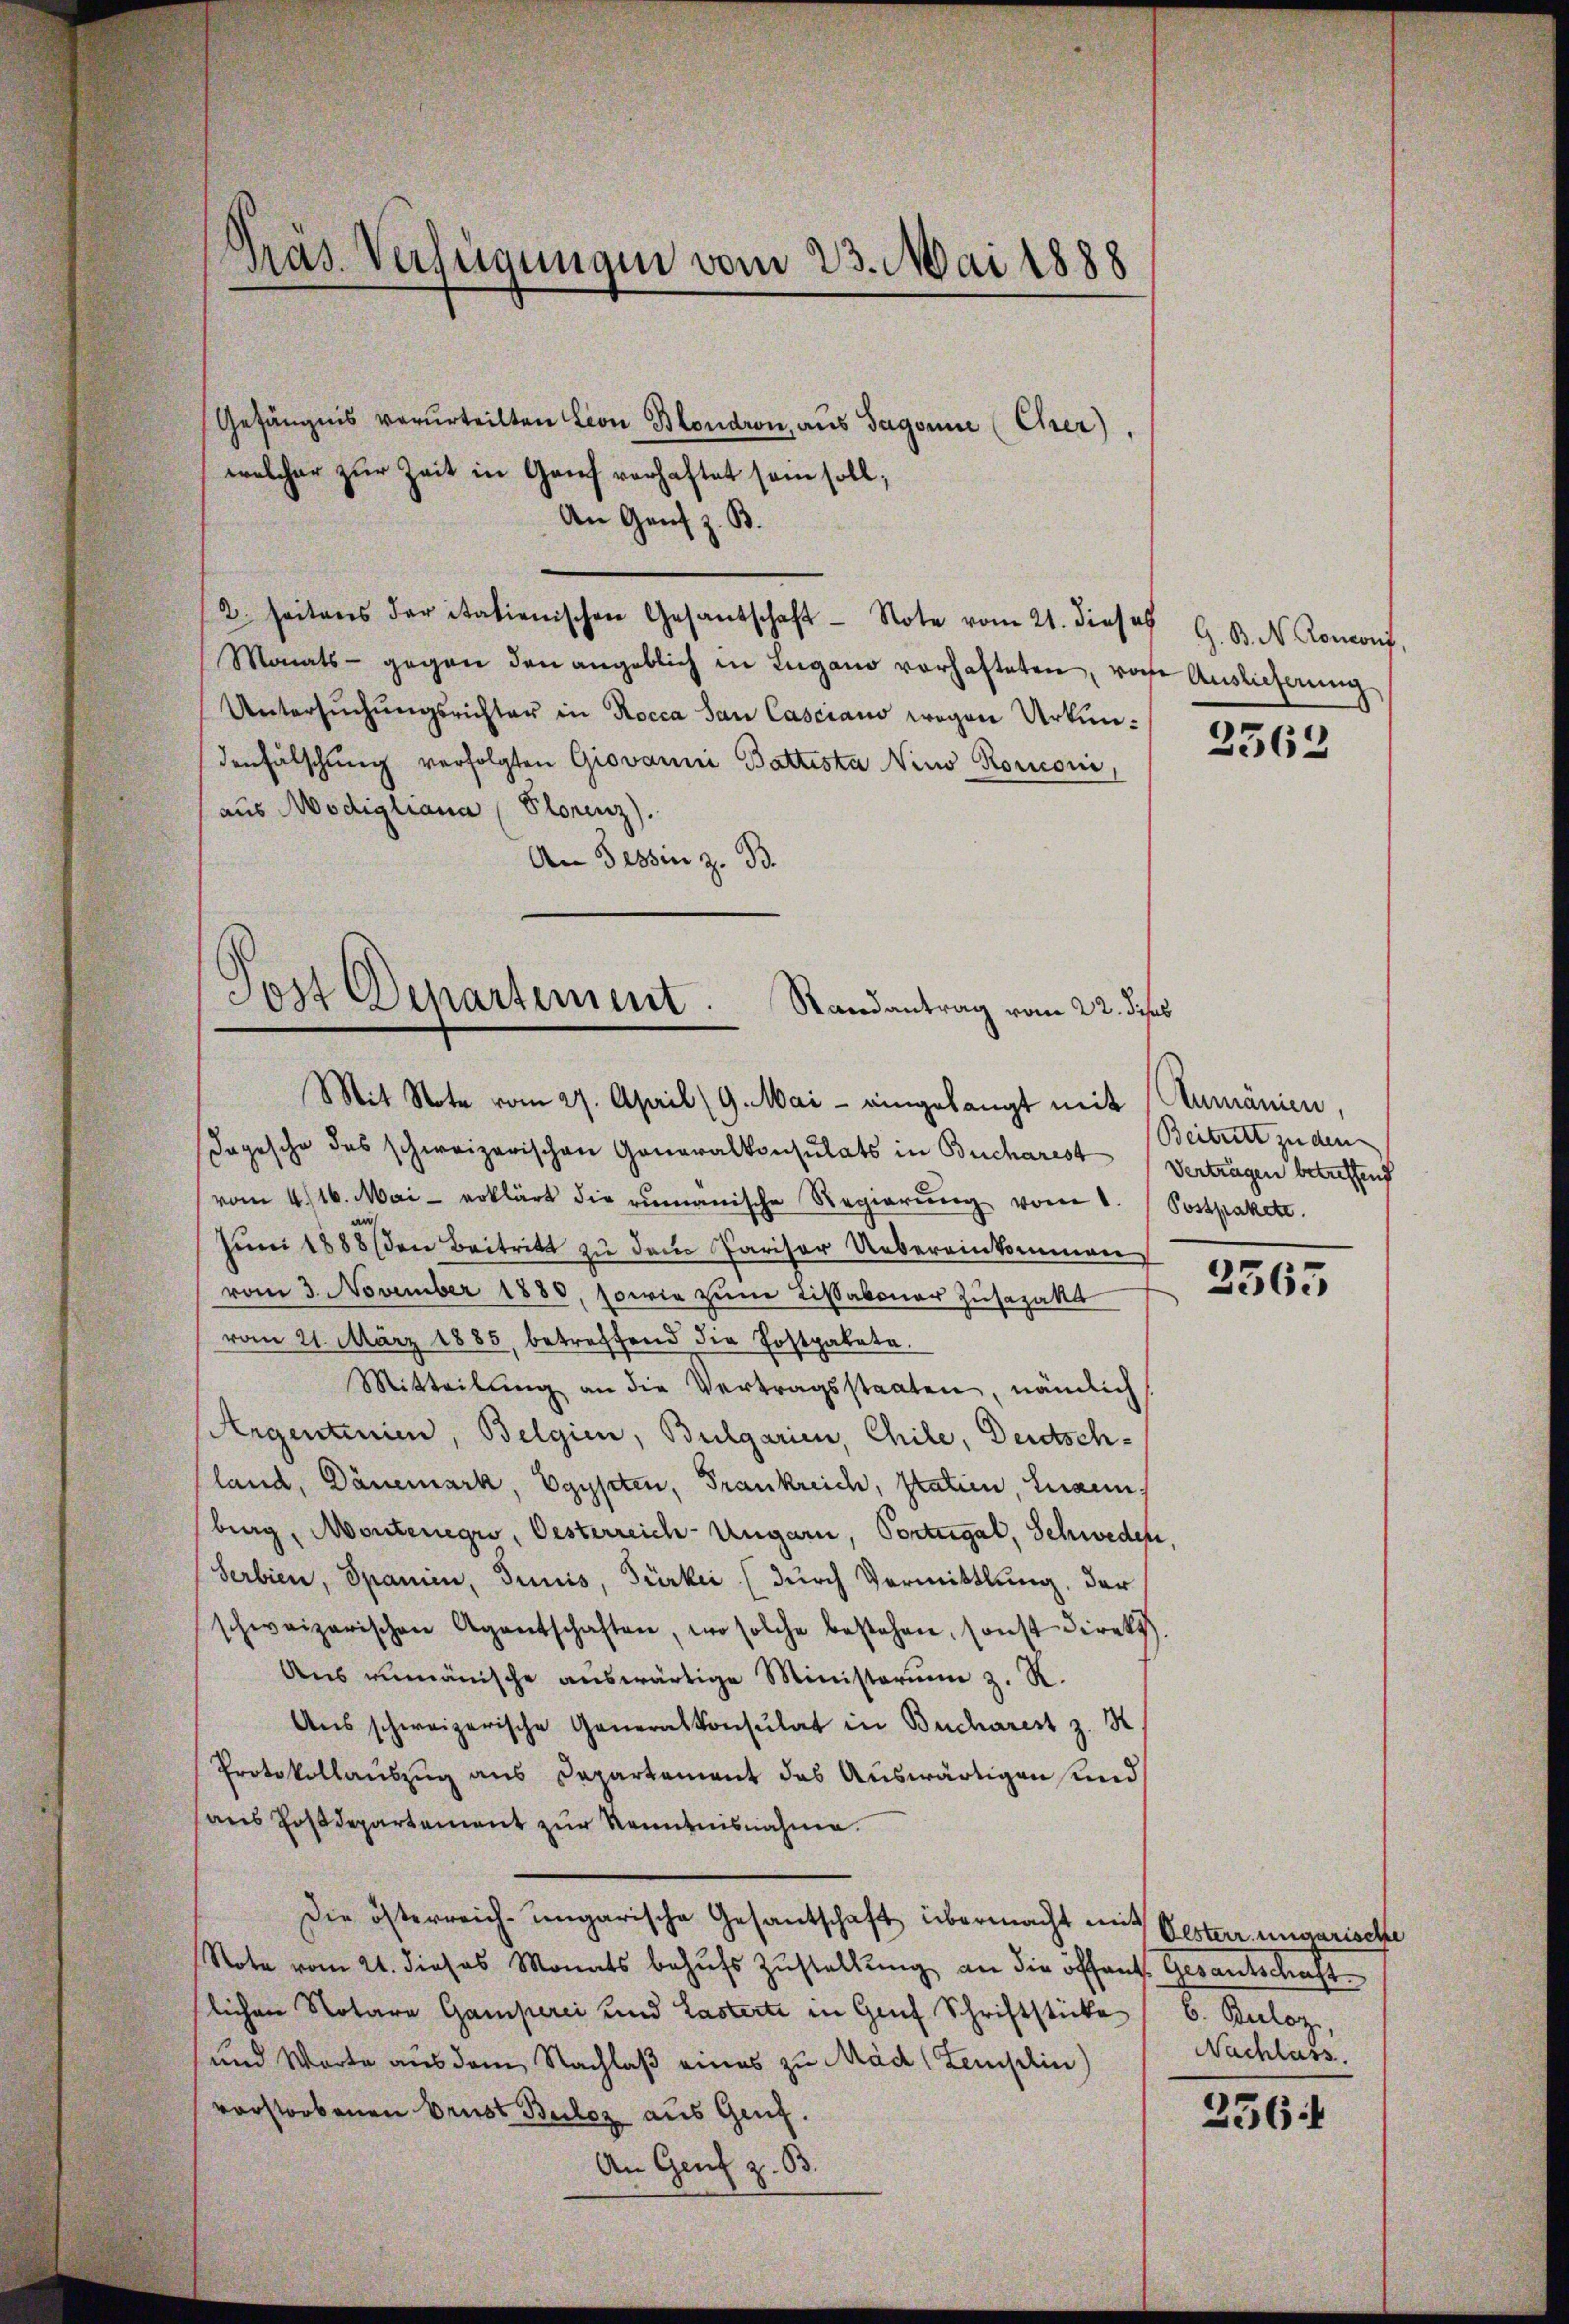
Gras Verfügungen vom 23. Mai 1888

Post Departement. Randantrag vom 22. dess
Mit Note vom 27. April (9. Mai - eingelangt mit

Gefängnis verurteilten Lion Blondron, aus Sagonne (Cher).
welcher zŭr Zeit in Genf verhaftet sein soll;
An Genf z. B.
2. Seitens der italienischen Gesandschaft - Note vom 21. dieses G. B. N. Ronconi,
Monats- gegen den angeblich in Lugano vorhafteten, von Auslieferŭng
Untersŭchŭngsrichter in Rocca San Casciano wegen Urkundenfälschung verfolgten Giovanni Battesta Nius Ronconi,
aus Modigliana (Plorenz).
An Tessin z. B.
ogesche des schweizerischen Generalkonsulats in Bucharest
(vom 4. 16. Mai erklärt die rumänische Regierŭng vom 1.
Juni 1888 (den Beitritt zu dem Pariser Uebereinkommen
vom 3. November 1880, sowie zum Lissaboner Zusazakt
vom 21. März 1885, betreffend die Postpakete.
Mitteilŭng an die Vertragsstaaten, nämlich
Argentinien, Belgien, Bulgarien, Chile, Deutsch-
land, Dänemark, Egypten, Frankreich, Statien, Laus
burg, Montenegio, Oesterreich-Ungarn, Portugal, Schweder
Serbien, Spanien, Junis, Türkei (durch Vermittlung, der
schweizerischen Agentschaften, wo solche bestehen, sonst Direkt
Ans unmänische aŭswärtige Ministerium z. R.
Aus schweizerische Generalkonsulat in Bucharest z. H
Protokollauszug aus Departement das Auswärtigen und
aus Postdepartement zur Kenntnisnahme.
Die österreich-ungarische Gesantschaft übermacht mit Oester ungarische
Note vom 21. dieses Monats behufs Zustellung an die öffent. Gesantschaft
lichen Notare Gamperei und Lasterte in Graf Schriftstücke (C. Beloz,
und Worte aus dem Nachlaß eines zu Mäd (Zemschin)
vorstorbenen Brust Buloz aus Genf.
An Genf z. 33.

2563

Rumänien.
Beitritt zu den |
Vertragen betreffend
Postpakete.

2565

Nachlass

256: